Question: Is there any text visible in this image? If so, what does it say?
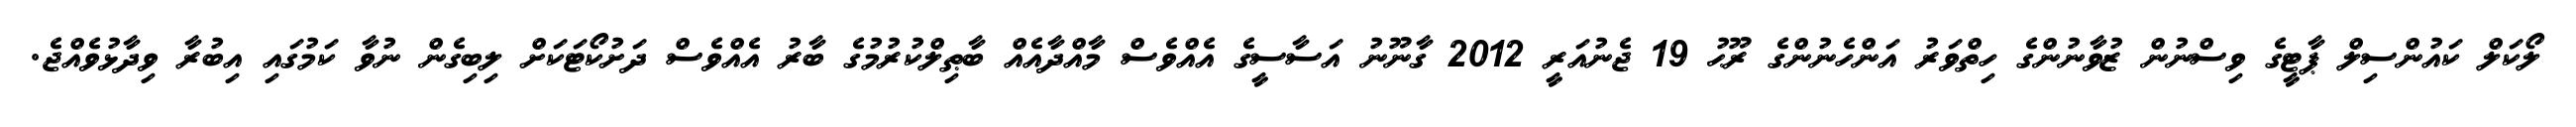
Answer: ލޯކަލް ކައުންސިލް ޕާޓީގެ ވިސްނުން ޒުވާނުންގެ ހިތްވަރު އަންހެނުންގެ ރޫޙު 19 ޖެނުއަރީ 2012 ގާނޫނު އަސާސީގެ އެއްވެސް މާއްދާއެއް ބާޠިލްކުރުމުގެ ބާރު އެއްވެސް ދަށުކޯޓަކަށް ލިބިގެން ނުވާ ކަމުގައި އިބުރާ ވިދާޅުވެއްޖެ.